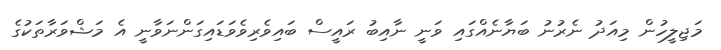
މަޖިލީހުން މިއަދު ނެރުނު ބަޔާނެއްގައި ވަނީ ނާއިބު ރައީސް ބައިވެރިވެވަޑައިގަންނަވާނީ އެ މަޝްވަރާތަކުގެ